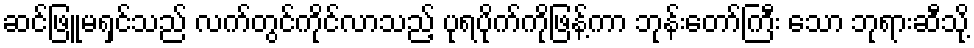
ဆင်ဖြူမရှင်သည် လက်တွင်ကိုင်လာသည့် ပုရပိုက်ကိုဖြန့်ကာ ဘုန်းတော်ကြီး သော ဘုရားဆီသို့